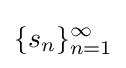
\{s_{n}\}_{n=1}^{\infty }